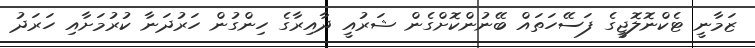
ޒަމާނީ ޓެކްނޮލޮޖީގެ ފަސޭހަތައް ބޭނުންކޮށްގެން ޝަރުއީ ދާއިރާގެ ހިންގުން ހަރުދަނާ ކުރުމަށާއި ހަރަދު